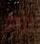
أره